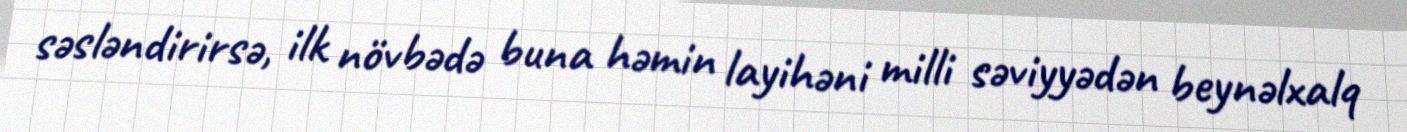
səsləndirirsə, ilk növbədə buna həmin layihəni milli səviyyədən beynəlxalq